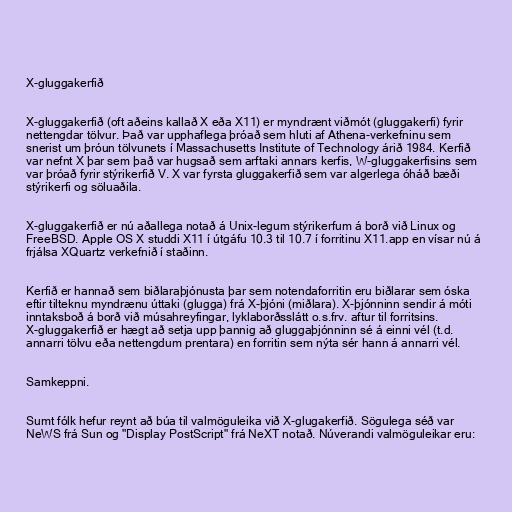
X-gluggakerfið

X-gluggakerfið (oft aðeins kallað X eða X11) er myndrænt viðmót (gluggakerfi) fyrir
nettengdar tölvur. Það var upphaflega þróað sem hluti af Athena-verkefninu sem
snerist um þróun tölvunets í Massachusetts Institute of Technology árið 1984. Kerfið
var nefnt X þar sem það var hugsað sem arftaki annars kerfis, W-gluggakerfisins sem
var þróað fyrir stýrikerfið V. X var fyrsta gluggakerfið sem var algerlega óháð bæði
stýrikerfi og söluaðila.

X-gluggakerfið er nú aðallega notað á Unix-legum stýrikerfum á borð við Linux og
FreeBSD. Apple OS X studdi X11 í útgáfu 10.3 til 10.7 í forritinu X11.app en vísar nú á
frjálsa XQuartz verkefnið í staðinn.

Kerfið er hannað sem biðlaraþjónusta þar sem notendaforritin eru biðlarar sem óska
eftir tilteknu myndrænu úttaki (glugga) frá X-þjóni (miðlara). X-þjónninn sendir á móti
inntaksboð á borð við músahreyfingar, lyklaborðsslátt o.s.frv. aftur til forritsins.
X-gluggakerfið er hægt að setja upp þannig að gluggaþjónninn sé á einni vél (t.d.
annarri tölvu eða nettengdum prentara) en forritin sem nýta sér hann á annarri vél.

Samkeppni.

Sumt fólk hefur reynt að búa til valmöguleika við X-glugakerfið. Sögulega séð var
NeWS frá Sun og "Display PostScript" frá NeXT notað. Núverandi valmöguleikar eru: